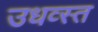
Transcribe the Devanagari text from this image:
उधव्स्त